system: You are a helpful assistant.
user:
Analyze the provided spectrum to determine if it is a **S-type Star**.

- **Key Indicators for S-type Star:**

    - **(Overall Spectrum Shape):** The first and most obvious characteristic is the overall continuum (the "baseline" shape). It is **extremely "red-sloping,"** meaning the flux (light intensity) is very low on the left side (blue, ~4000-4500 Å) and rises steeply and continuously toward the right side (red, ~7000 Å+).

    - **(Primary):** The spectrum is defined by the presence of strong, broad molecular absorption "valleys" (bands) from **Zirconium Oxide (ZrO)**. The identification of these bands is the **primary requirement** for classifying a star as S-type.
        - **(Key Bandheads):** You must find distinct, deep "dips" where the light has been absorbed. The most critical band systems to locate are:
            - **~6474 Å** ($\gamma$-system): This is often the strongest and clearest ZrO feature, found in the red part of the spectrum.
            - **~5718 Å** & **~5551 Å** ($\beta$-system): A pair of prominent absorption features in the yellow-orange part of the spectrum.
            - **~4640 Å** ($\alpha$-system): A key absorption band system in the blue-green region of the spectrum.

    - **(Secondary Confirmation):** The classification is strengthened by finding additional absorption bands from other related heavy element oxides, which are expected to be present alongside ZrO.
        - **(Key Bandheads):**
            - **Yttrium Oxide (YO):** Look for absorption dips near **~4800 Å** and **~6100 Å**.
            - **Lanthanum Oxide (LaO):** Additional absorption features, particularly in the red-orange part of the spectrum, are also characteristic.

    - **(Line Profile):** The combination of the steep red continuum and these numerous, deep molecular bands (ZrO, YO, etc.) gives the entire spectrum a very **"chopped-up"** or **"bumpy"** appearance. Instead of a smooth curve, the spectrum looks as though large, wide chunks of light have been "carved out" of it at the specific wavelengths listed above.

Think first, call **spectral_visualization_tool** if needed to examine features in detail, then provide your final answer. Your response must adhere to the following strict rules:
1.  **Overall Structure:** Your response must follow the format `<think>...</think> <tool_call>...</tool_call> (if a tool is used) <answer>...</answer>`.
2.  **Tool Usage Constraint:** You may only make **one** tool call per turn.
3.  **Final Answer Format:** In the `<answer>` tag, your conclusion must be inside a `\boxed{}` command (e.g., `\boxed{YES}` or `\boxed{NO}`), followed by your justification.

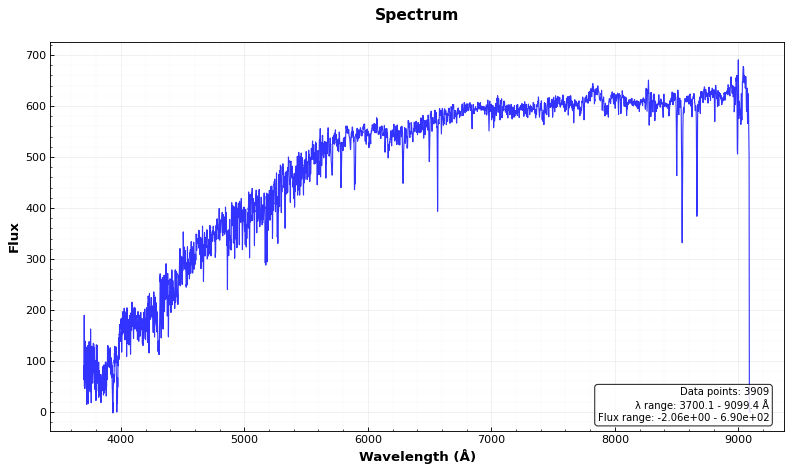
Answer: NO